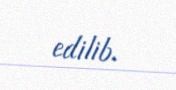
edilib.